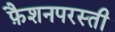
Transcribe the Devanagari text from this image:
फ़ैशनपरस्ती